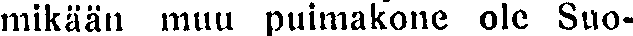
mikään muu puimakone ole Suo-